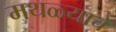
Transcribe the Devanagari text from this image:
मथळ्याचे